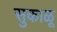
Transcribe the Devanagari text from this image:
सुकाळू